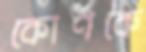
কোণকে